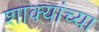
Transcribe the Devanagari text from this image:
शाक्यांच्या